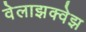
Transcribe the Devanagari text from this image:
वेलाझक्वेझ